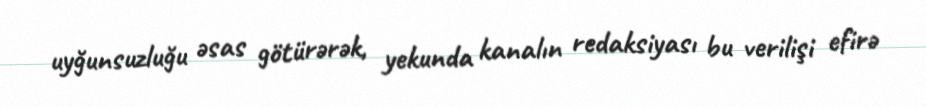
uyğunsuzluğu əsas götürərək, yekunda kanalın redaksiyası bu verilişi efirə